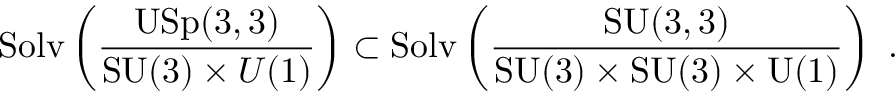
\mathrm { S o l v } \left( \frac { \mathrm { U S p } ( 3 , 3 ) } { \mathrm { S U } ( 3 ) \times { U } ( 1 ) } \right) \subset \mathrm { S o l v } \left( \frac { \mathrm { S U } ( 3 , 3 ) } { \mathrm { S U } ( 3 ) \times \mathrm { S U } ( 3 ) \times \mathrm { U } ( 1 ) } \right) ~ .